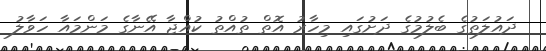
ދައުލަތުގެ ބެލުމުގެ ދަށުގައި މިހާރު އޮތް ތުއްތު ކުއްޖާ އޭނާގެ މަންމައާ ހަވާލު